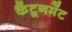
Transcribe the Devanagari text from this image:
कैंटूनमेंट